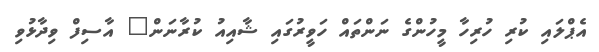
އެޕްލައި ކުރި ހުރިހާ މީހުންގެ ނަންތައް ހަވީރުގައި ޝާއިއު ކުރާނަން" އާސިފް ވިދާޅުވި